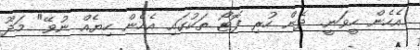
އެހެން ހީވަނީ. ދެން ހުރި ފޮޓޯ ތަކުގައި އެހެން ހިޔެއް ނުވޭ" މަދޫ